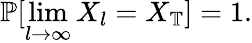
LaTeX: \mathbb{P}[\operatorname*{lim}_{l\to\infty}X_{l}=X_{\mathbb{T}}]=1.